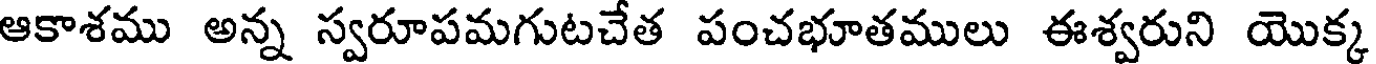
ఆకాశము అన్న స్వరూపమగుటచేత పంచభూతములు ఈశ్వరుని యొక్క